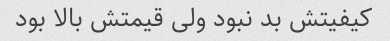
کیفیتش بد نبود ولی قیمتش بالا بود